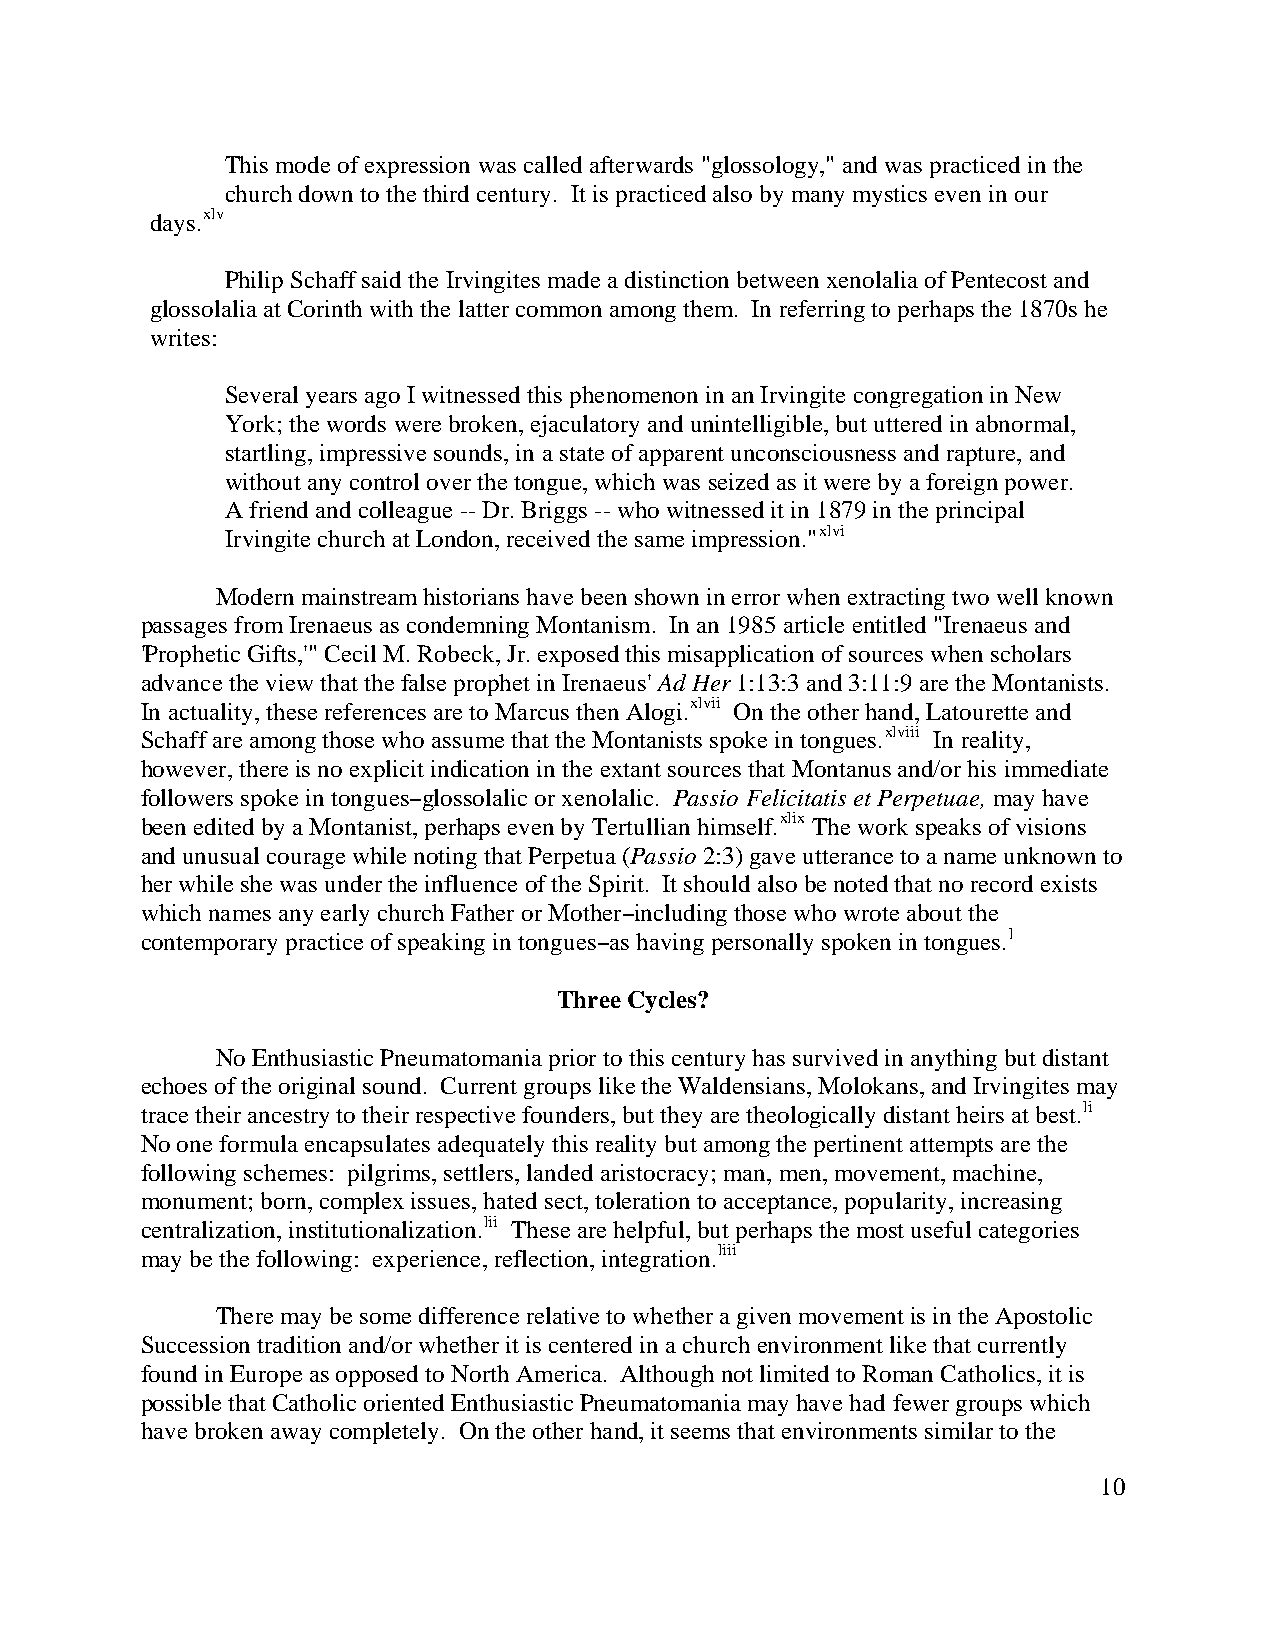
This mode of expression was called afterwards "glossology," and was practiced in the
 church down to the third century. It is practiced also by many mystics even in our
 days.xlv
 Philip Schaff said the Irvingites made a distinction between xenolalia of Pentecost and
 glossolalia at Corinth with the latter common among them. In referring to perhaps the 1870s he
 writes:
 Several years ago I witnessed this phenomenon in an Irvingite congregation in New
 York; the words were broken, ejaculatory and unintelligible, but uttered in abnormal,
 startling, impressive sounds, in a state of apparent unconsciousness and rapture, and
 without any control over the tongue, which was seized as it were by a foreign power.
 A friend and colleague -- Dr. Briggs -- who witnessed it in 1879 in the principal
 Irvingite church at London, received the same impression."xlvi
 Modern mainstream historians have been shown in error when extracting two well known
 passages from Irenaeus as condemning Montanism. In an 1985 article entitled "Irenaeus and
 'Prophetic Gifts,'" Cecil M. Robeck, Jr. exposed this misapplication of sources when scholars
 advance the view that the false prophet in Irenaeus' Ad Her 1:13:3 and 3:11:9 are the Montanists.
 In actuality, these references are to Marcus then Alogi.xlvii On the other hand, Latourette and
 Schaff are among those who assume that the Montanists spoke in tongues.xlviii In reality,
 however, there is no explicit indication in the extant sources that Montanus and/or his immediate
 followers spoke in tonguesBglossolalic or xenolalic. Passio Felicitatis et Perpetuae, may have
 been edited by a Montanist, perhaps even by Tertullian himself.xlix The work speaks of visions
 and unusual courage while noting that Perpetua (Passio 2:3) gave utterance to a name unknown to
 her while she was under the influence of the Spirit. It should also be noted that no record exists
 which names any early church Father or MotherBincluding those who wrote about the
 contemporary practice of speaking in tonguesBas having personally spoken in tongues.l
 Three Cycles?
 No Enthusiastic Pneumatomania prior to this century has survived in anything but distant
 echoes of the original sound. Current groups like the Waldensians, Molokans, and Irvingites may
 trace their ancestry to their respective founders, but they are theologically distant heirs at best.li
 No one formula encapsulates adequately this reality but among the pertinent attempts are the
 following schemes: pilgrims, settlers, landed aristocracy; man, men, movement, machine,
 monument; born, complex issues, hated sect, toleration to acceptance, popularity, increasing
 centralization, institutionalization.lii These are helpful, but perhaps the most useful categories
 may be the following: experience, reflection, integration.liii
 There may be some difference relative to whether a given movement is in the Apostolic
 Succession tradition and/or whether it is centered in a church environment like that currently
 found in Europe as opposed to North America. Although not limited to Roman Catholics, it is
 possible that Catholic oriented Enthusiastic Pneumatomania may have had fewer groups which
 have broken away completely. On the other hand, it seems that environments similar to the
 10